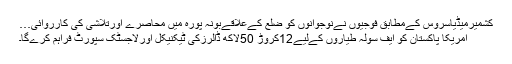
کشمیرمیڈیاسروس کےمطابق فوجیوں نےنوجوانوں کو ضلع کےعلاقےبونہ پورہ میں محاصرے اورتلاشی کی کارروائی…
امریکا پاکستان کو ایف سولہ طیاروں کےلیے12کروڑ 50لاکھ ڈالرزکی ٹیکنیکل اورلاجسٹک سپورٹ فراہم کرےگا۔